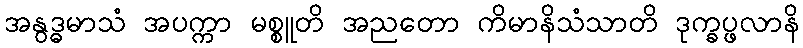
အနွဒ္ဓမာသံ အပက္ကာ မစ္စူတိ အညတော ကိမာနိသံသာတိ ဒုက္ခပ္ဖလာနိ